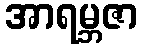
အာရမ္ဘဇာ